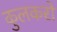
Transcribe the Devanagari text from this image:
कुलकरों